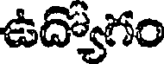
ఉద్యోగం